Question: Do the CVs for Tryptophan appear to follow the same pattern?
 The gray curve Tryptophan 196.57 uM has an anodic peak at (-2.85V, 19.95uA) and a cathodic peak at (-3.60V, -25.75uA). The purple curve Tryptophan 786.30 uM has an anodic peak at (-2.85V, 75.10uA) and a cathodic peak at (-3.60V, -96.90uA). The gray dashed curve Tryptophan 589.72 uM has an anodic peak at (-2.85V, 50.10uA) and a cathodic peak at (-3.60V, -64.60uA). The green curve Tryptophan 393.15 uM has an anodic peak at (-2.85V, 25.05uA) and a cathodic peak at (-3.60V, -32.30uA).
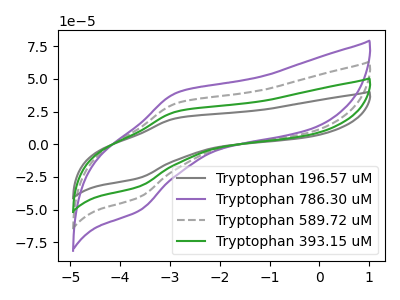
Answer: <think>All the peaks in "Tryptophan 196.57 uM" have a peak in "Tryptophan 786.30 uM" at the same potential. Every peak in "Tryptophan 196.57 uM" is lower than every peak in "Tryptophan 786.30 uM". All the peaks in "Tryptophan 196.57 uM" have a peak in "Tryptophan 589.72 uM" at the same potential. Every peak in "Tryptophan 196.57 uM" is lower than every peak in "Tryptophan 589.72 uM". All the peaks in "Tryptophan 196.57 uM" have a peak in "Tryptophan 393.15 uM" at the same potential. Every peak in "Tryptophan 196.57 uM" is lower than every peak in "Tryptophan 393.15 uM". All the peaks in "Tryptophan 786.30 uM" have a peak in "Tryptophan 589.72 uM" at the same potential. Every peak in "Tryptophan 786.30 uM" is higher than every peak in "Tryptophan 589.72 uM". All the peaks in "Tryptophan 786.30 uM" have a peak in "Tryptophan 393.15 uM" at the same potential. Every peak in "Tryptophan 786.30 uM" is higher than every peak in "Tryptophan 393.15 uM". All the peaks in "Tryptophan 589.72 uM" have a peak in "Tryptophan 393.15 uM" at the same potential. Every peak in "Tryptophan 589.72 uM" is higher than every peak in "Tryptophan 393.15 uM".
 </think>
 <answer>All the CV's of "Tryptophan" have similar shape.</answer>
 <eval>follow_rule</eval>